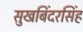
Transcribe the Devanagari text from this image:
सुखबिंदरसिंह